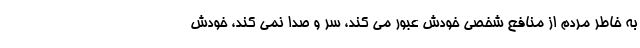
به خاطر مردم از منافع شخصی خودش عبور می کند، سر و صدا نمی کند، خودش